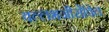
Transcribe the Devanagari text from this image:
वल्लभजीसेवित